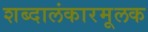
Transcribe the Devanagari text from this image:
शब्दालंकारमूलक